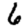
Digit: 6